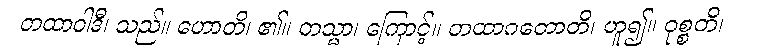
တထာဝါဒီ၊ သည်။ ဟောတိ၊ ၏။ တသ္မာ၊ ကြောင့်။ တထာဂတောတိ၊ ဟူ၍။ ဝုစ္စတိ၊